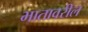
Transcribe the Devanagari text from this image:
भातावरील